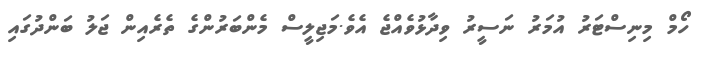
ހޯމް މިނިސްޓަރު އުމަރު ނަސީރު ވިދާޅުވެއްޖެ އެވެ.މަޖިލީސް މެންބަރުންގެ ތެރެއިން ޖަލު ބަންދުގައި